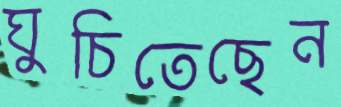
ঘুচিতেছেন